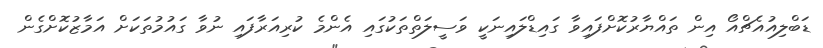
ޑަބްލިއުއެޗްއޯ އިން ތައްޔާރުކޮށްފައިވާ ގައިޑްލައިނަކީ ވަސީލަތްތަކުގައި އެންމެ ކުރިއަރާފައި ނުވާ ގައުމުތަކަށް އަމާޒުކޮށްގެން